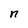
Character: n